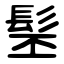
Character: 髬